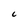
Character: c